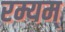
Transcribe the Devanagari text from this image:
रम्यम्